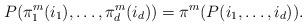
LaTeX: \begin{align*}P(\pi_1^m(i_1),\ldots,\pi_d^m(i_d))=\pi^m(P(i_1,\ldots,i_d)).\end{align*}